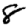
Digit: 8